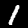
Digit: 1